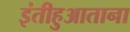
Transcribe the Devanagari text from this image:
इंतीहुआताना